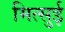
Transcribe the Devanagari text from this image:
मित्‍सुई